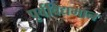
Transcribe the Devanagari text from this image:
पूर्वविद्यमान